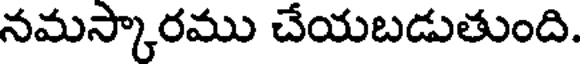
నమస్కారము చేయబడుతుంది.